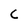
Character: C